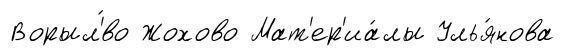
Ворыл'́во Жохово Мат'ер'иа́лы Улья́нова